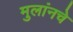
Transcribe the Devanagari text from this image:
मुलांनचे